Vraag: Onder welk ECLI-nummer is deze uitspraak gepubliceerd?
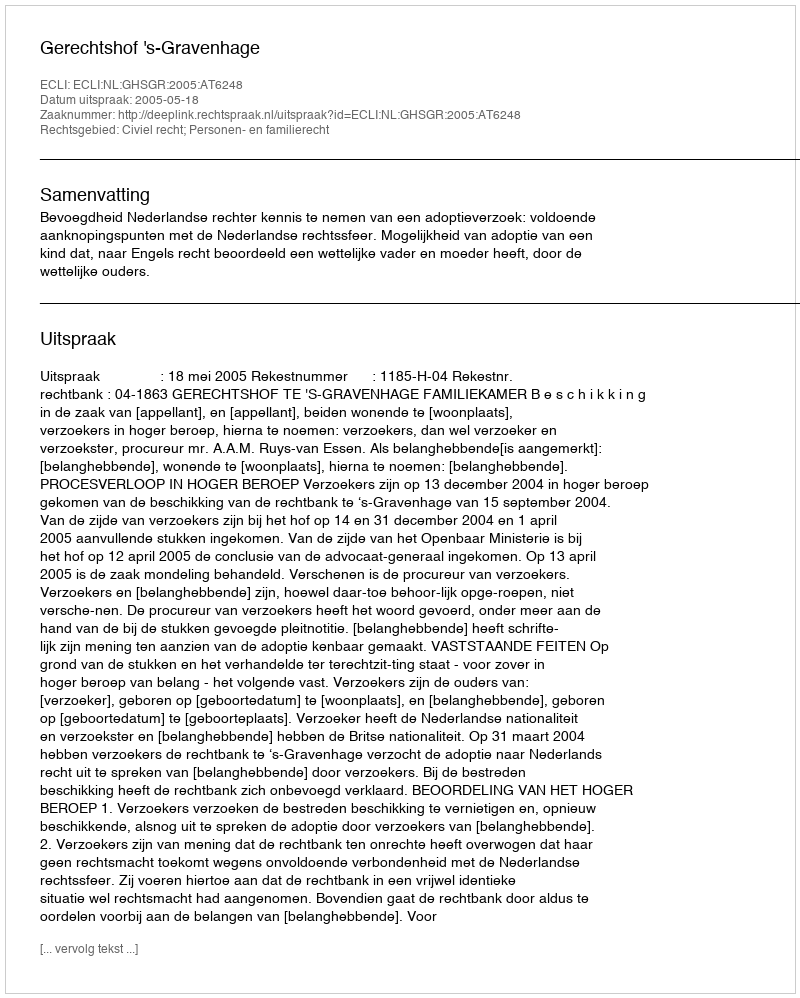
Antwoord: ECLI:NL:GHSGR:2005:AT6248